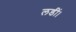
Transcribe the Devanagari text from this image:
लडीं।